Madras plague regulations and rules for the city of Madras
Disease focus: Plague
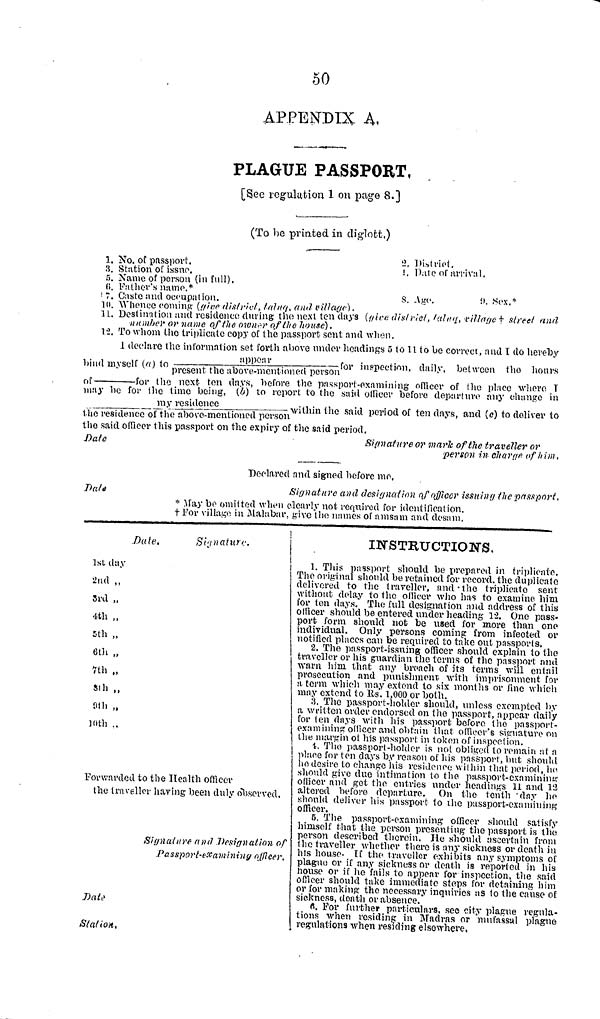
50
APPENDIX A,
PLAGUE PASSPORT,
[See regulation 1 on page 8.]
(To be printed in diglott.)
1. No. of passport
3. Station of issue
5. Name of person (in full).
6. Father's name.
7 Caste and occupation.
, District.
8. Age.
9.
Sex.*
10.
Whence
coming
(give
district,
state
and
village).
11. Destigntion and residence during tho next ten days (give district, taluq, village+street and
number or name of thetown- of the house),
12. To whom the triplicate copy of the passport sent turn when.
1 declare the information set forth above under headings 3 to 11 to be correct, and I do hereby
hind myself (a) to appear/present the above mentioned person for inspection, daily, between the hours
of--------------for
the above-mentioned person
of
for
the next ton days, before the passport-examining officer of the place
where
may be for themy residence/the residencewithin the said period of ten days, and (c) to deliver to
the residence of the above-mentioned person
tho said officer this passport on the expiry of the said period.
Date
Signature or mark of the traveller or
person in change of him,
Date
Declared and signed before me,
Signature and designed ion of officer issuing the passport,
* May bo omitted when clearly not required for identification.
For village in Malabar, give tho names of amsam and desam.
I
Date.
Signature.
1st day
2nd ,,
3rd „
4th ,,
5th „
6th „
7th „
6th
7th
10th.
Forwarded to the Health officer
tho traveller having been duly observed.
Signature and Designation of
Passport examing officer
ij
5
Date
Station ,
INSTRUCTIONS.
1. This passport should be prepared in triplicate.
The original should be retained for record, the duplicate
delivered to the traveller, and the triplicate sent
without delay to tho officer who has to examine him
for ten days. The full designation and address of this
officer should be entered under heading 12. One pass-
port form should not be used for more than one
individual. Only persons coming from infected or
notified places can be required to take out passports.
2. The passport-issuing officer should explain to the
traveller or his guardian the terms of the passport and
warn him that any breach of its terms will entail
prosecution and punishment with imprisonment for
a term which may extend to six months or fine which
may extend to Us. 1,000 or both.
.3The passport-holder should, unless exempted by
a written order endorsed on the passport, appear daily
for ten days with his passport before the passport-
examinig officer and obtain that officer's signature on
the margin ot his passport in token of inspection.
4. The passport-holder is not obliged to remain at a
place for ten days by reason of his passport, but should
ho desire to change his residence; within that period, he
should give due intimation to the passport-examining
officer and get the entries under headings 11 and 12
altered before departure. On the tenth 'day he
should deliver his passport to the passport-examining
officer.
5. The
' '
cer
should satisfy
himself tha
the passport is the
person desc
uld ascertain from
the traveller whether there is any sickness or death in
his house. If the traveller exhibits any symptoms of
plague or if any sickness or death is reported in his
house or if he fails to appear for inspecion, the said
officer should take immediate steps for detaining him
or for making tho necessary inquiries as to the cause of
sickness, death or absence.
6. For further particulars, see city plague regula-
tions when residing in Madras or mufassal plague
regulations when residing elsewhere,